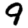
Digit: 9